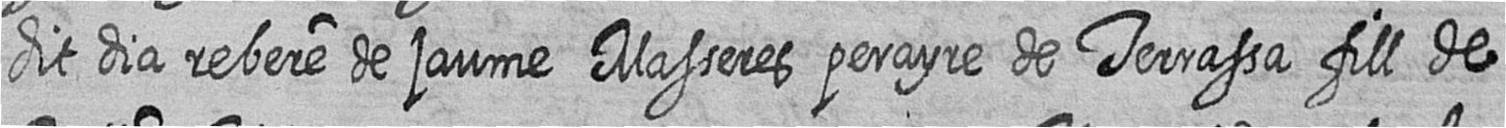
dit dia rebere de jaume Masseres perayre de Terrassa fill de